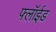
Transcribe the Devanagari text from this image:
फ्लॉईड